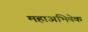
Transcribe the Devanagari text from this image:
महाअभिषेक